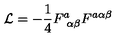
{ \cal L } = - { \frac { 1 } { 4 } } F _ { \ \alpha \beta } ^ { a } F ^ { a \alpha \beta }